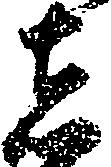
者